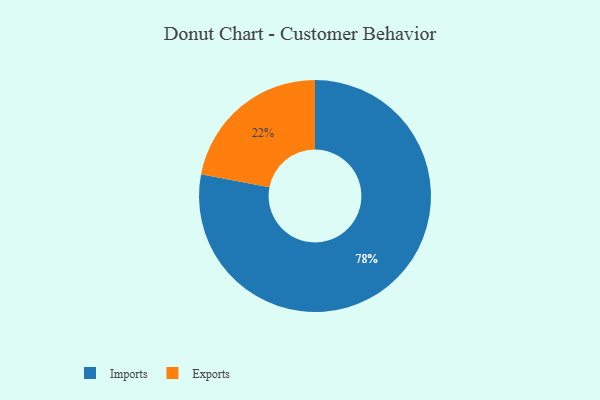
{"axis": {"x": "Category", "y": "Percentage"}, "legend": ["Exports", "Imports"], "data": [{"x": "Imports", "y": 78, "type": "Imports"}, {"x": "Exports", "y": 22, "type": "Exports"}]}